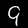
Digit: 9